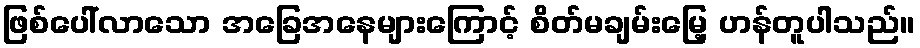
ဖြစ်ပေါ်လာသော အခြေအနေများကြောင့် စိတ်မချမ်းမြေ့ ဟန်တူပါသည်။